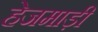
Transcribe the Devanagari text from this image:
हेजमाड़ी